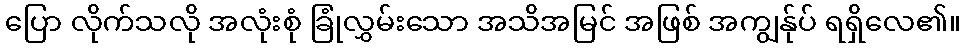
ပြော လိုက်သလို အလုံးစုံ ခြုံလွှမ်းသော အသိအမြင် အဖြစ် အကျွန်ုပ် ရရှိလေ၏။